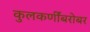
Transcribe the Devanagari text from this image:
कुलकर्णींबरोबर